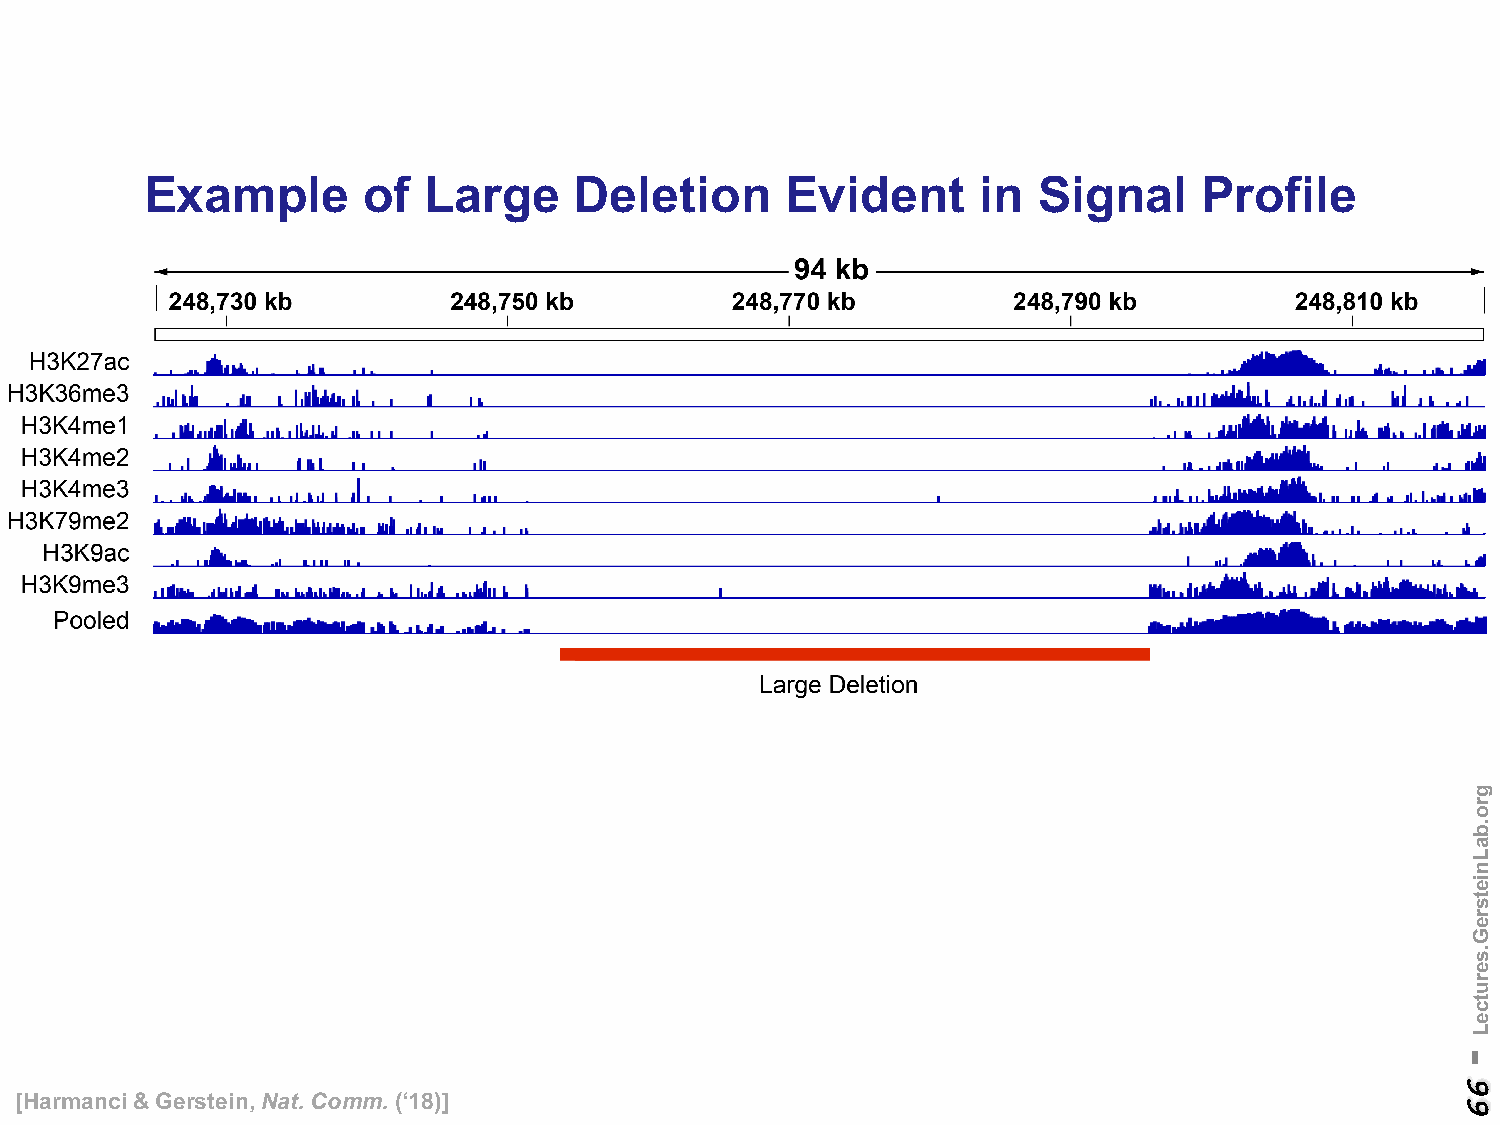
Example       of  Large     Deletion      Evident      in  Signal     Profile
 [Harmanci& Gerstein, Nat. Comm. (‘18)]
 -
 66
 gro.baLnietsreG.serutceL